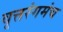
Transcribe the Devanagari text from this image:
वृत्तरंगमंच